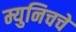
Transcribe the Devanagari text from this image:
म्युनिचचे